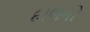
દાળનો